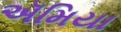
ઍમિયા